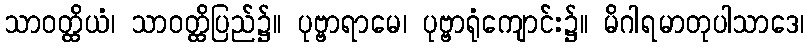
သာဝတ္ထိယံ၊ သာဝတ္ထိပြည်၌။ ပုဗ္ဗာရာမေ၊ ပုဗ္ဗာရုံကျောင်း၌။ မိဂါရမာတုပါသာဒေ၊